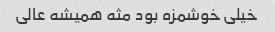
خیلی خوشمزه بود مثه همیشه عالی